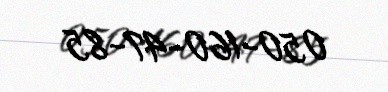
050-160-47-85